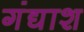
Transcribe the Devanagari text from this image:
गंद्याश